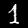
Label: 1